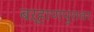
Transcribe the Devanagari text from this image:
बऱ्हाणपुरावर